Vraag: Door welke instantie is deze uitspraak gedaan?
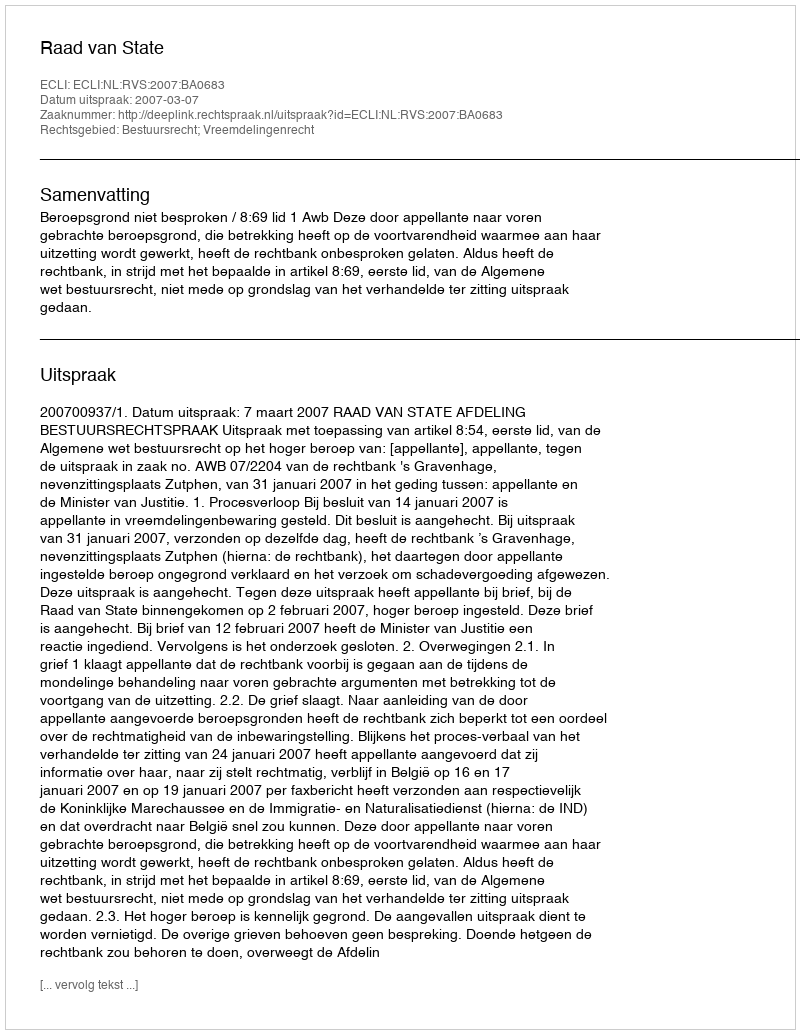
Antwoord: Raad van State